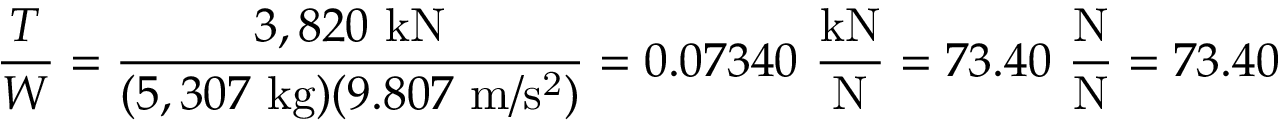
{ \frac { T } { W } } = { \frac { 3 , 8 2 0 \ \mathrm { k N } } { ( 5 , 3 0 7 \ \mathrm { k g } ) ( 9 . 8 0 7 \ \mathrm { m / s ^ { 2 } } ) } } = 0 . 0 7 3 4 0 \ { \frac { \mathrm { k N } } { \mathrm { N } } } = 7 3 . 4 0 \ { \frac { \mathrm { N } } { \mathrm { N } } } = 7 3 . 4 0